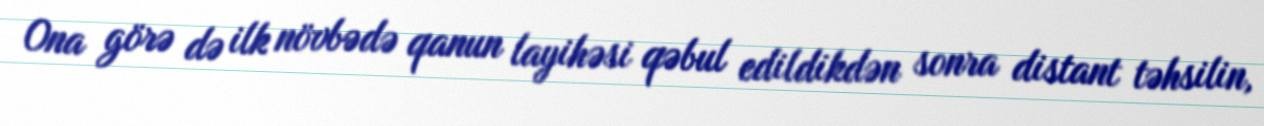
Ona görə də ilk növbədə qanun layihəsi qəbul edildikdən sonra distant təhsilin,